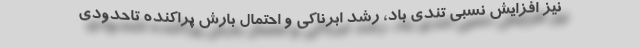
نیز افزایش نسبی تندی باد، رشد ابرناکی و احتمال بارش پراکنده تاحدودی